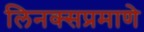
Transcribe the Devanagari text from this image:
लिनक्सप्रमाणे